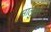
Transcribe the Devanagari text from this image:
मालुजी